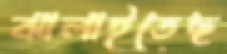
ঝালাইতেছ